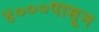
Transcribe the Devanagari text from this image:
४०००पासून